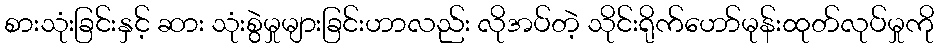
စားသုံးခြင်းနှင့် ဆား သုံးစွဲမှုများခြင်းဟာလည်း လိုအပ်တဲ့ သိုင်းရိုက်ဟော်မုန်းထုတ်လုပ်မှုကို